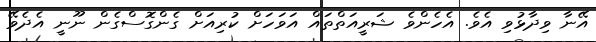
އޭނާ ވިދާޅުވި އެވެ. އެހެންވެ ޝަރީއަތްތައް އަވަހަށް ކުރިއަށް ގެންގޮސްގެން ނޫނީ އެދެވޭ